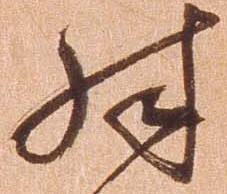
殊